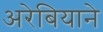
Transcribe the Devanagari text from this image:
अरेबियाने